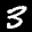
Label: 3